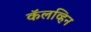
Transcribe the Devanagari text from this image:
कॅलव्हिन